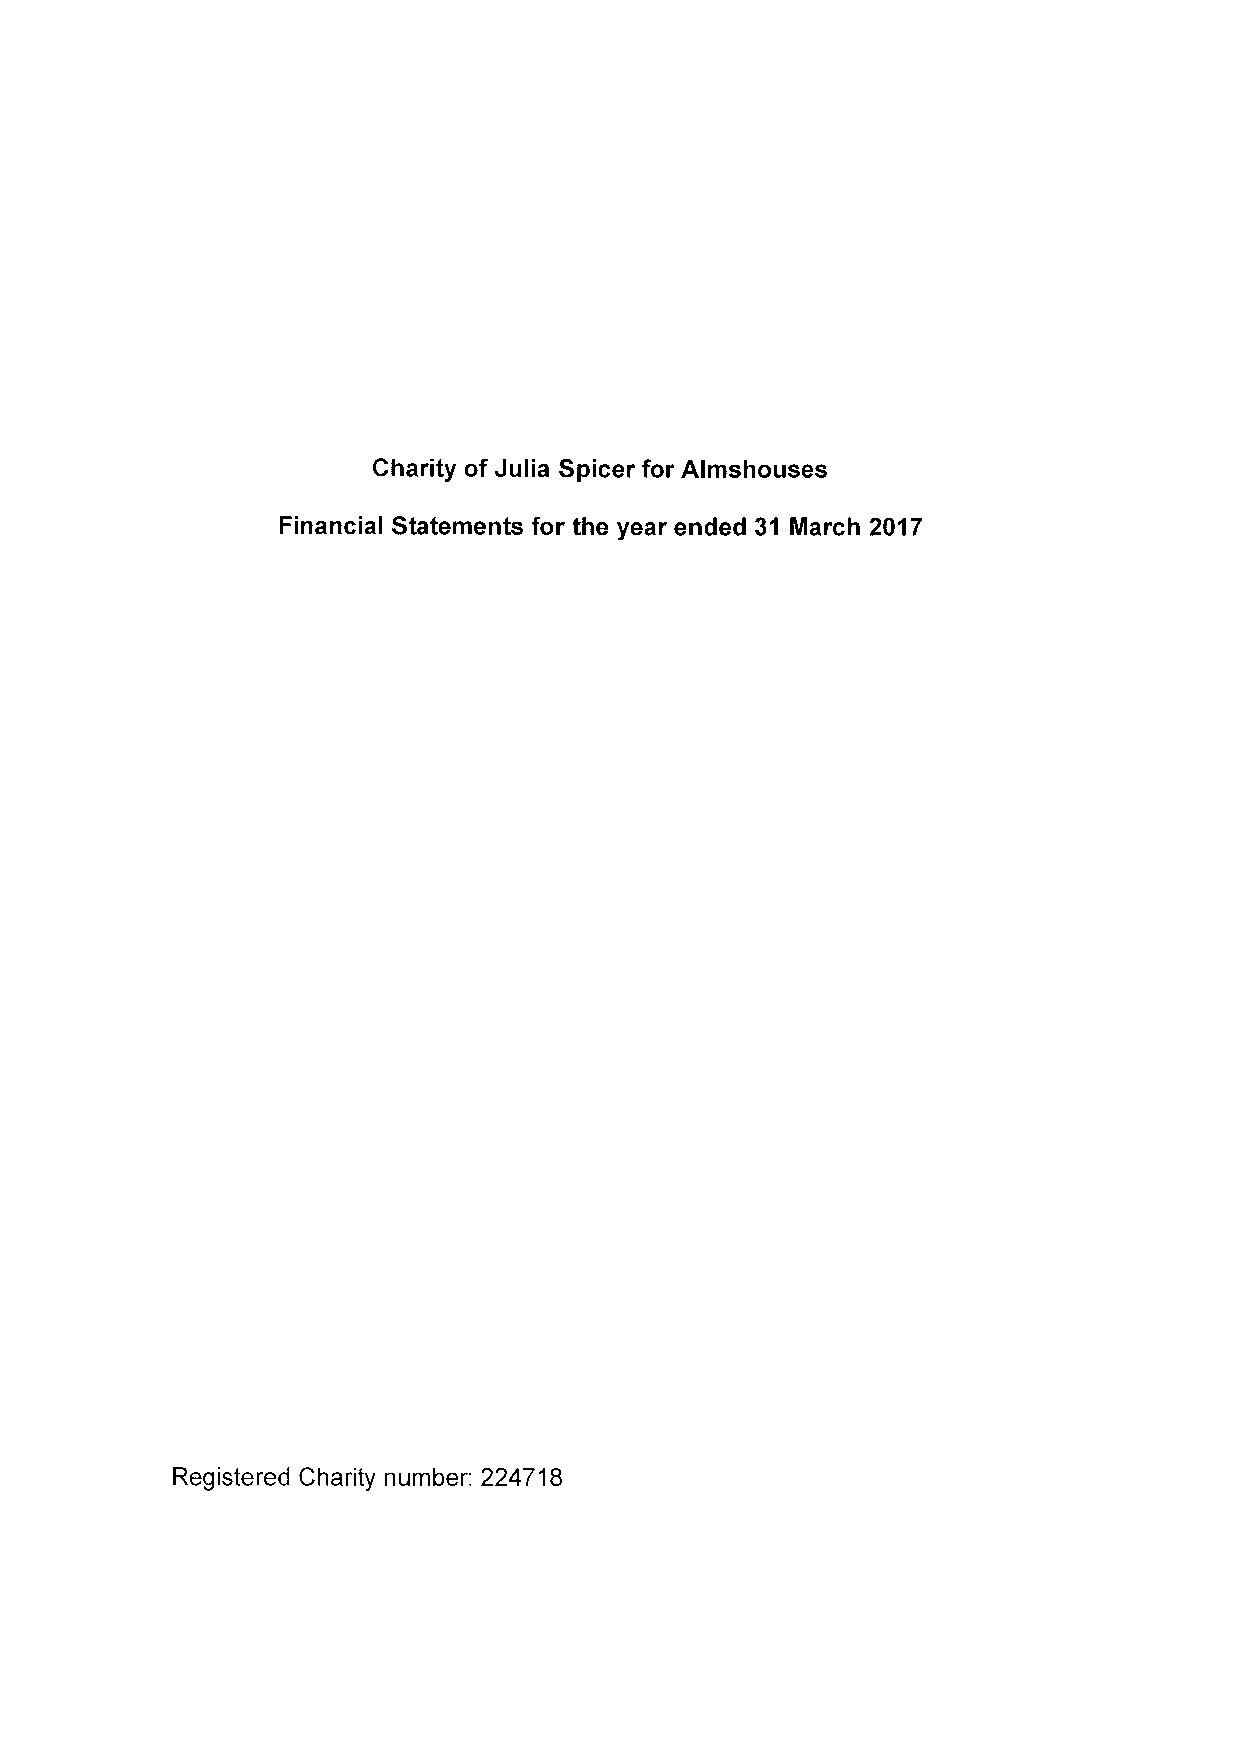
Charity of Julia Spicer for Almshouses
 Financial Statements for the year ended 31 March 2017
 Registered Charity number: 224718